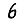
Digit: 6